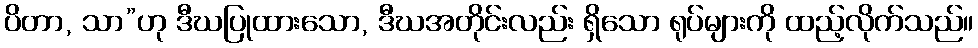
ပိတာ, သာ”ဟု ဒီဃပြုထားသော, ဒီဃအတိုင်းလည်း ရှိသော ရုပ်များကို ထည့်လိုက်သည်။